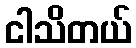
ငါသိတယ်